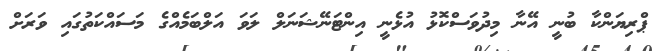
ޕްރިޔަންކާ ބުނީ އޭނާ މިދުވަސްކޮޅު އުޅެނީ އިންޓަނޭޝަނަލް ލަވަ އަލްބަމެއްގެ މަސައްކަތުގައި ވަރަށް